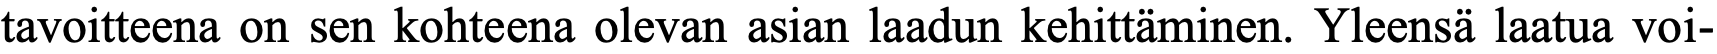
tavoitteena on sen kohteena olevan asian laadun kehittäminen. Yleensä laatua voi-